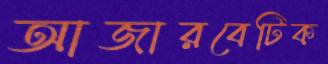
আজারবেটিক